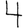
Digit: 4